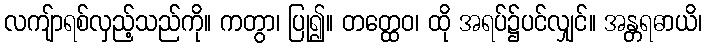
လကျ်ာရစ်လှည့်သည်ကို။ ကတွာ၊ ပြု၍။ တတ္ထေဝ၊ ထို အရပ်၌ပင်လျှင်။ အန္တရဓာယိ၊